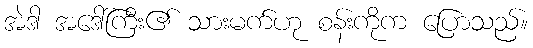
အဲဒါ အဒေါ်ကြီး၏ သားမက်ဟု စန်းကိုက ပြောသည်။